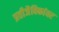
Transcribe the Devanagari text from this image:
प्रतीजैविकांवर